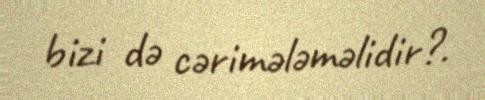
bizi də cərimələməlidir?.